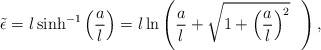
\begin{align*}\tilde{\epsilon}=l \sinh^{-1}\left(\frac{a}{l}\right)=l\ln \left( \frac{a}{l}+\sqrt{1+ \left( \frac{a}{l} \right)^2}~~\right),\end{align*}